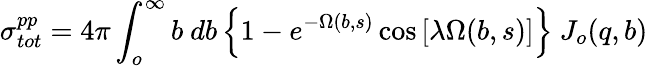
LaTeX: \sigma_{tot}^{pp}=4\pi\int_{o}^{\infty}b\ db\left\{ 1-e^{-\Omega(b,s)}\cos\left[\lambda\Omega(b,s)\right]\right\} \ J_{o}(q,b)